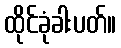
ထိုင်ခုံခါးပတ်။